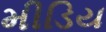
મીડિય